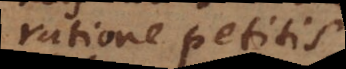
ratione petitis